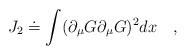
LaTeX: \begin{align*}J_{2} \doteq \int (\partial_{\mu} G \partial_{\mu} G)^{2}dx \quad ,\end{align*}